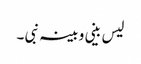
لیس بینی و بینہ نبی ۔